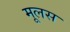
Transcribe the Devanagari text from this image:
मूलस